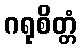
ဂရုစိတ္တံ